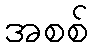
အစစ်